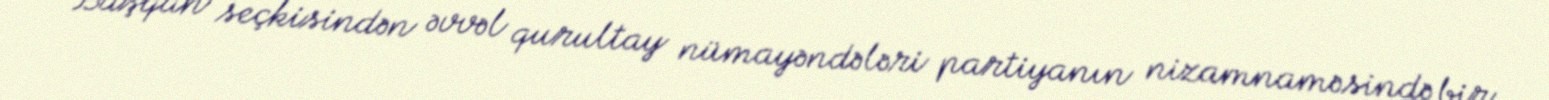
Başqan seçkisindən əvvəl qurultay nümayəndələri partiyanın nizamnaməsində bir